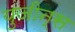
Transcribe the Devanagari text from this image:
युजीन्स